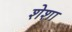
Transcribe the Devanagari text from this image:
शेशा